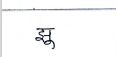
मजकूर: झू